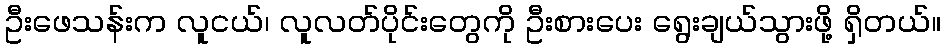
ဦးဖေသန်းက လူငယ်၊ လူလတ်ပိုင်းတွေကို ဦးစားပေး ရွေးချယ်သွားဖို့ ရှိတယ်။